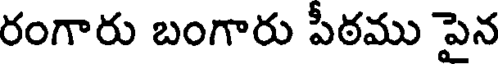
రంగారు బంగారు పీఠము పైన